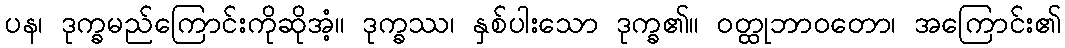
ပန၊ ဒုက္ခမည်ကြောင်းကိုဆိုအံ့။ ဒုက္ခဿ၊ နှစ်ပါးသော ဒုက္ခ၏။ ဝတ္ထုဘာဝတော၊ အကြောင်း၏